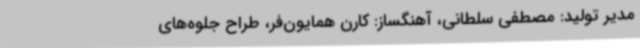
مدیر تولید: مصطفی سلطانی، آهنگساز: کارن همایون‌فر،‌ طراح جلوه‌های